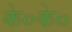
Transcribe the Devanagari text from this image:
के०के०